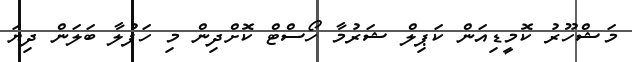
މަޝްހޫރު ކޮމީޑިއަން ކަޕިލް ޝަރުމާ ހޯސްޓް ކޮށްދިން މި ހަފުލާ ބަލަން ދިޔަ